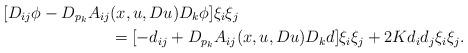
LaTeX: \begin{align*} [D_{ij}\phi - D_{p_k}A_{ij}&(x,u,Du)D_k\phi]\xi_i\xi_j \\ &= [-d_{ij} + D_{p_k}A_{ij}(x,u,Du)D_kd ]\xi_i\xi_j + 2Kd_id_j\xi_i\xi_j. \end{align*}